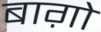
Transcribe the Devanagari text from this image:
बाग़ो